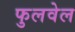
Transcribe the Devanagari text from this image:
फुलवेल